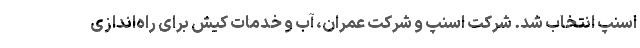
اسنپ انتخاب شد. شرکت اسنپ و شرکت عمران، آب و خدمات کیش برای راه‌اندازی